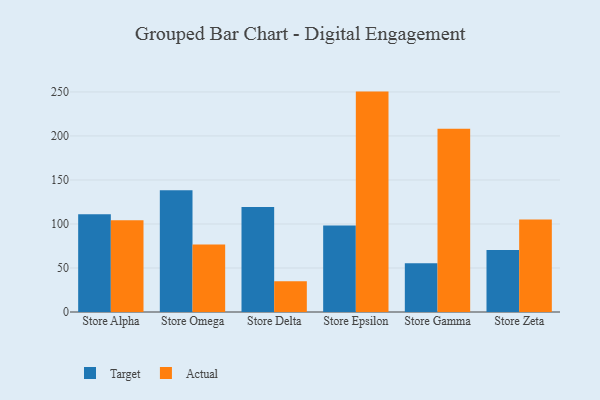
{"axis": {"x": "Store", "y": "Population (Million)"}, "legend": ["Actual", "Target"], "data": [{"x": "Store Alpha", "y": 111.1, "type": "Target"}, {"x": "Store Alpha", "y": 104.3, "type": "Actual"}, {"x": "Store Omega", "y": 138.2, "type": "Target"}, {"x": "Store Omega", "y": 76.8, "type": "Actual"}, {"x": "Store Delta", "y": 119.4, "type": "Target"}, {"x": "Store Delta", "y": 34.8, "type": "Actual"}, {"x": "Store Epsilon", "y": 98.3, "type": "Target"}, {"x": "Store Epsilon", "y": 250.4, "type": "Actual"}, {"x": "Store Gamma", "y": 55.3, "type": "Target"}, {"x": "Store Gamma", "y": 208.1, "type": "Actual"}, {"x": "Store Zeta", "y": 70.4, "type": "Target"}, {"x": "Store Zeta", "y": 105.1, "type": "Actual"}]}